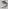
Text: 3